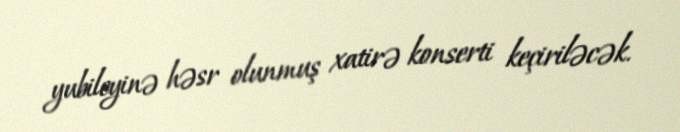
yubileyinə həsr olunmuş xatirə konserti keçiriləcək.